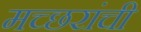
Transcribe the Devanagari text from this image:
मच्छरांची